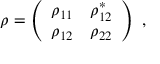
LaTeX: \rho = \left( \begin{array} { c c } { { \rho _ { 1 1 } } } & { { \rho _ { 1 2 } ^ { * } } } \\ { { \rho _ { 1 2 } } } & { { \rho _ { 2 2 } } } \end{array} \right) \ ,